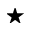
\star